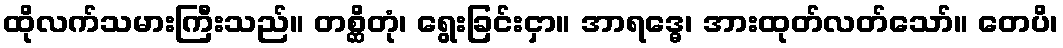
ထိုလက်သမားကြီးသည်။ တစ္ဆိတုံ၊ ရွေးခြင်းငှာ။ အာရဒ္ဓေ၊ အားထုတ်လတ်သော်။ တေပိ၊